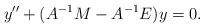
LaTeX: \begin{align*} y''+(A^{-1}M-A^{-1}E)y=0.\end{align*}